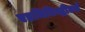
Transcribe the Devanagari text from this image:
एडमिनिस्ट्रीटर्स